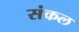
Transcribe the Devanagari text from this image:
संकल